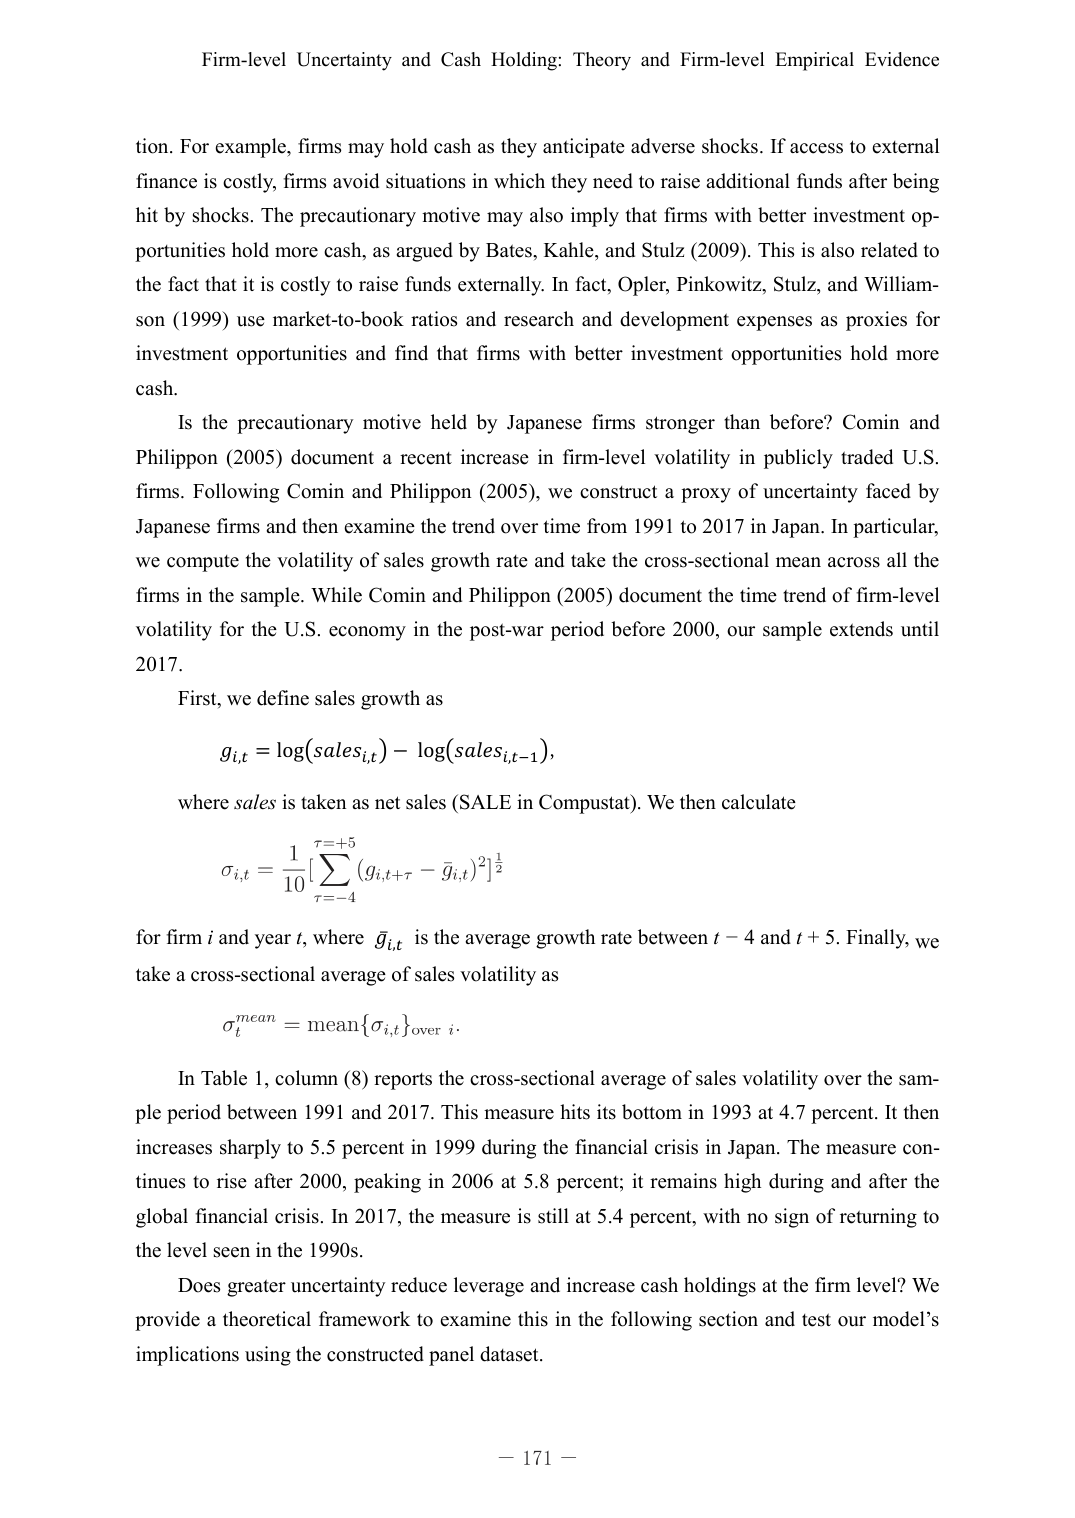
Firm-level Uncertainty and Cash Holding: Theory and Firm-level Empirical Evidence

tion. For example, firms may hold cash as they anticipate adverse shocks. If access to external finance is costly, firms avoid situations in which they need to raise additional funds after being hit by shocks. The precautionary motive may also imply that firms with better investment opportunities hold more cash, as argued by Bates, Kahle, and Stulz (2009). This is also related to the fact that it is costly to raise funds externally. In fact, Opler, Pinkowitz, Stulz, and Williamson (1999) use market-to-book ratios and research and development expenses as proxies for investment opportunities and find that firms with better investment opportunities hold more cash.

Is the precautionary motive held by Japanese firms stronger than before? Comin and Philippon (2005) document a recent increase in firm-level volatility in publicly traded U.S. firms. Following Comin and Philippon (2005), we construct a proxy of uncertainty faced by Japanese firms and then examine the trend over time from 1991 to 2017 in Japan. In particular, we compute the volatility of sales growth rate and take the cross-sectional mean across all the firms in the sample. While Comin and Philippon (2005) document the time trend of firm-level volatility for the U.S. economy in the post-war period before 2000, our sample extends until 2017.

First, we define sales growth as

g_{i,t} = log(sales_{i,t}) - log(sales_{i,t-1}),

where sales is taken as net sales (SALE in Compustat). We then calculate

σ_{i,t} = (1/10)[∑_{τ=-4}^{τ=+5} (g_{i,t+τ} - ḡ_{i,t})²]^{1/2}

for firm i and year t, where ḡ_{i,t} is the average growth rate between t - 4 and t + 5. Finally, we take a cross-sectional average of sales volatility as

σ_t^{mean} = mean{σ_{i,t}} over i.

In Table 1, column (8) reports the cross-sectional average of sales volatility over the sample period between 1991 and 2017. This measure hits its bottom in 1993 at 4.7 percent. It then increases sharply to 5.5 percent in 1999 during the financial crisis in Japan. The measure continues to rise after 2000, peaking in 2006 at 5.8 percent; it remains high during and after the global financial crisis. In 2017, the measure is still at 5.4 percent, with no sign of returning to the level seen in the 1990s.

Does greater uncertainty reduce leverage and increase cash holdings at the firm level? We provide a theoretical framework to examine this in the following section and test our model’s implications using the constructed panel dataset.

— 171 —